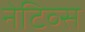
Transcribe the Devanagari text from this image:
नेटिव्स